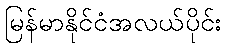
မြန်မာနိုင်ငံအလယ်ပိုင်း